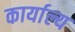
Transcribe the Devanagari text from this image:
कार्याल्य